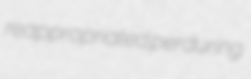
reappropriated perduring